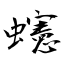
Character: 䘆